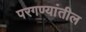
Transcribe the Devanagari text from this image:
परगण्यांतील